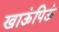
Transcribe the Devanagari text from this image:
खाऊंपिऊं